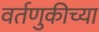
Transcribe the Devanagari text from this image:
वर्तणुकीच्या